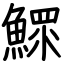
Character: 鰥